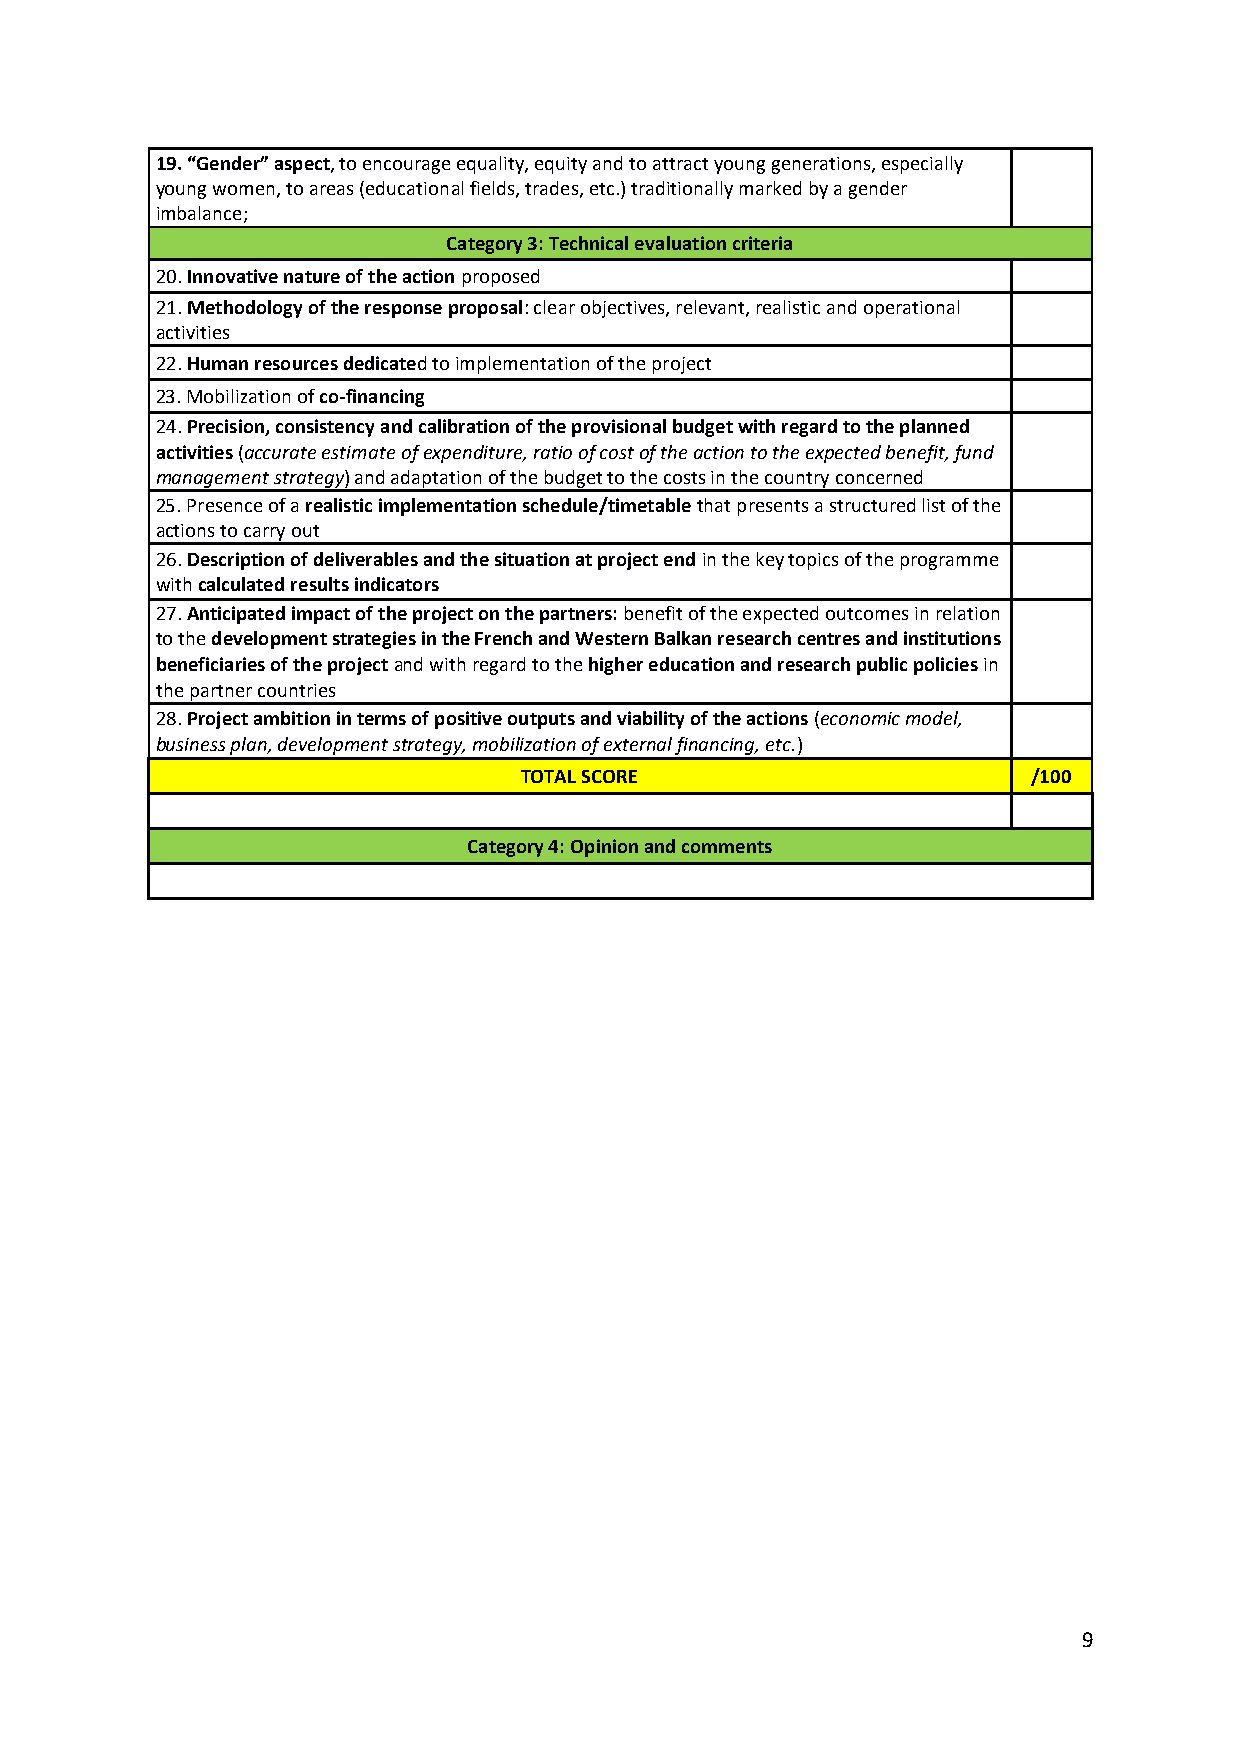
19. “Gender” aspect, to encourage equality, equity and to attract young generations, especially
 young women, to areas (educational fields, trades, etc.) traditionally marked by a gender
 imbalance;
 Category 3: Technical evaluation criteria
 20. Innovative nature of the action proposed
 21. Methodology of the response proposal: clear objectives, relevant, realistic and operational
 activities
 22. Human resources dedicated to implementation of the project
 23. Mobilization of co-financing
 24. Precision, consistency and calibration of the provisional budget with regard to the planned
 activities (accurate estimate of expenditure, ratio of cost of the action to the expected benefit, fund
 management strategy) and adaptation of the budget to the costs in the country concerned
 25. Presence of a realistic implementation schedule/timetable that presents a structured list of the
 actions to carry out
 26. Description of deliverables and the situation at project end in the key topics of the programme
 with calculated results indicators
 27. Anticipated impact of the project on the partners: benefit of the expected outcomes in relation
 to the development strategies in the French and Western Balkan research centres and institutions
 beneficiaries of the project and with regard to the higher education and research public policies in
 the partner countries
 28. Project ambition in terms of positive outputs and viability of the actions (economic model,
 business plan, development strategy, mobilization of external financing, etc.)
 TOTAL SCORE                       /100
 Category 4: Opinion and comments
 9